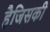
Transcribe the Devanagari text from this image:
हैजिसकी